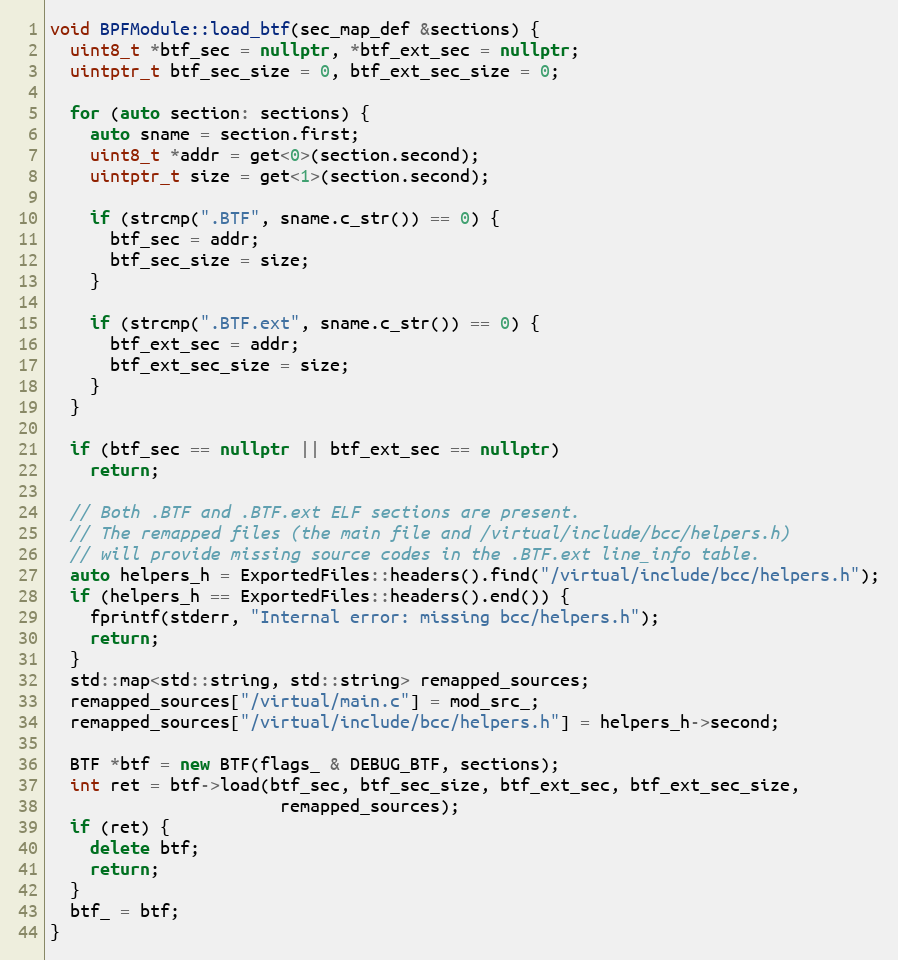
Language: C++
void BPFModule::load_btf(sec_map_def &sections) {
  uint8_t *btf_sec = nullptr, *btf_ext_sec = nullptr;
  uintptr_t btf_sec_size = 0, btf_ext_sec_size = 0;

  for (auto section: sections) {
    auto sname = section.first;
    uint8_t *addr = get<0>(section.second);
    uintptr_t size = get<1>(section.second);

    if (strcmp(".BTF", sname.c_str()) == 0) {
      btf_sec = addr;
      btf_sec_size = size;
    }

    if (strcmp(".BTF.ext", sname.c_str()) == 0) {
      btf_ext_sec = addr;
      btf_ext_sec_size = size;
    }
  }

  if (btf_sec == nullptr || btf_ext_sec == nullptr)
    return;

  // Both .BTF and .BTF.ext ELF sections are present.
  // The remapped files (the main file and /virtual/include/bcc/helpers.h)
  // will provide missing source codes in the .BTF.ext line_info table.
  auto helpers_h = ExportedFiles::headers().find("/virtual/include/bcc/helpers.h");
  if (helpers_h == ExportedFiles::headers().end()) {
    fprintf(stderr, "Internal error: missing bcc/helpers.h");
    return;
  }
  std::map<std::string, std::string> remapped_sources;
  remapped_sources["/virtual/main.c"] = mod_src_;
  remapped_sources["/virtual/include/bcc/helpers.h"] = helpers_h->second;

  BTF *btf = new BTF(flags_ & DEBUG_BTF, sections);
  int ret = btf->load(btf_sec, btf_sec_size, btf_ext_sec, btf_ext_sec_size,
                       remapped_sources);
  if (ret) {
    delete btf;
    return;
  }
  btf_ = btf;
}